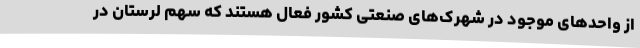
از واحدهای موجود در شهرک‌های صنعتی کشور فعال هستند که سهم لرستان در